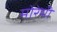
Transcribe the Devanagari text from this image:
मोरेमी